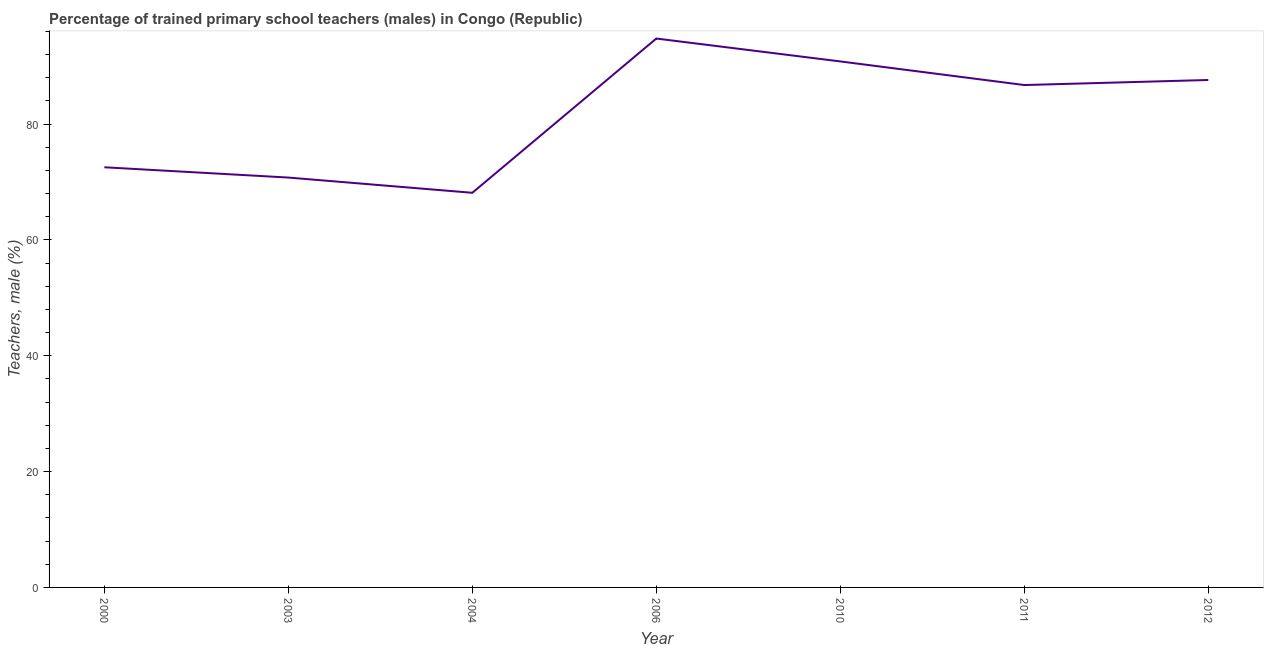
| Year | Trained teachers male |
 | --- | --- |
 | 2000 | 72.5 |
 | 2003 | 70.8 |
 | 2004 | 68.1 |
 | 2006 | 94.8 |
 | 2010 | 90.8 |
 | 2011 | 86.7 |
 | 2012 | 87.6 |